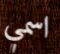
اسمي